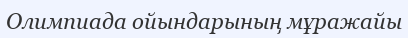
Олимпиада ойындарының мұражайы